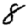
Digit: 8